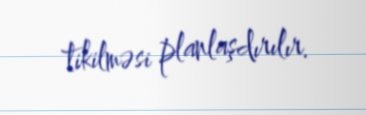
tikilməsi planlaşdırılır.